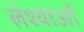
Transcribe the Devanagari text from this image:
लेश्याओं